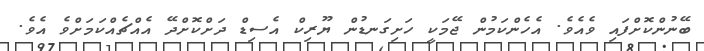
ބޭނުންކޮށްފައި ވެއެވެ. އެހެންކަމުން ޖޭމަކީ ހަށިގަނޑުން ޔޫރިކް އެސިޑް ދަށްކޮށްދޭ އެއްޗެއްކަމަށްވެ އެވެ.